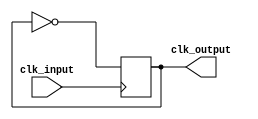
module clock_generator(
    input wire clk_input,
    output wire clk_output
);

always @ (posedge clk_input)
begin
    clk_output <= ~clk_output;
end

endmodule